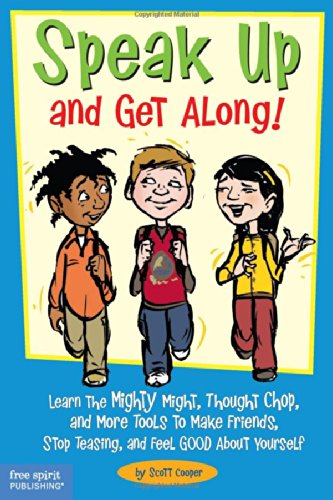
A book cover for Speak Up and Get Along!: Learn the Mighty Might, Thought Chop, and More Tools to Make Friends, Stop Teasing, and Feel Good About Yourself; Scott Cooper; Education & Teaching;